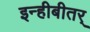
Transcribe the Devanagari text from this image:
इन्हीबीतर्